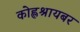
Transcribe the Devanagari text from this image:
कोह्लश्रायबर